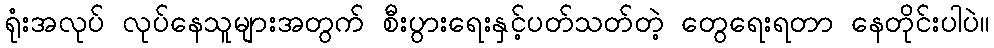
ရုံးအလုပ် လုပ်နေသူများအတွက် စီးပွားရေးနှင့်ပတ်သတ်တဲ့ တွေရေးရတာ နေတိုင်းပါပဲ။